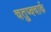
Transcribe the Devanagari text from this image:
चतुष्क्वार्क